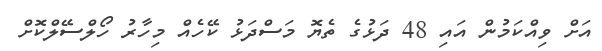
އަށް ވިއްކަމުން އައި 48 ދަޅުގެ ތެޔޮ މަސްދަޅު ކޭހެއް މިހާރު ހޯލްސޭލްކޮށް